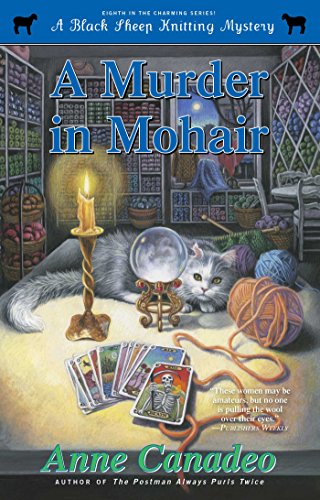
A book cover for A Murder in Mohair (A Black Sheep Knitting Mystery); Anne Canadeo; Mystery, Thriller & Suspense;